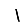
Digit: 1